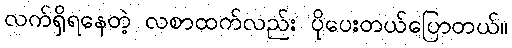
လက်ရှိရနေတဲ့ လစာထက်လည်း ပိုပေးတယ်ပြောတယ်။